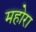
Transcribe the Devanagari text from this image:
महोरा